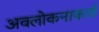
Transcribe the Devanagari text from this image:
अवलोकनाकर्ता